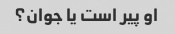
او پیر است یا جوان؟